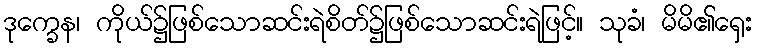
ဒုက္ခေန၊ ကိုယ်၌ဖြစ်သောဆင်းရဲစိတ်၌ဖြစ်သောဆင်းရဲဖြင့်။ သုခံ၊ မိမိ၏ရှေး